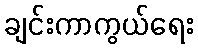
ချင်းကာကွယ်ရေး